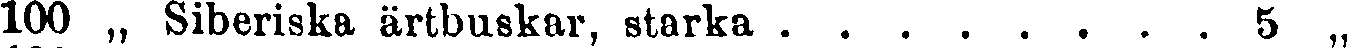
100„  Siberiska ärtbuskar, starka 5 „